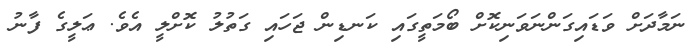
ނަމާދަށް ވަޑައިގަންނަވަނިކޮށް ބޯމަތީގައި ކަނޑިން ޖަހައި ގަތުލު ކޮށްލީ އެވެ. ޢަލީގެ ފާނު